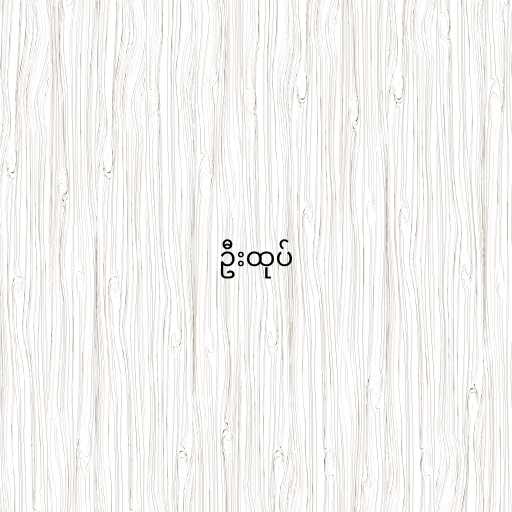
ဦးထုပ်